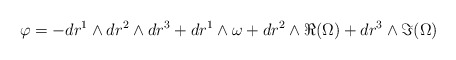
\begin{align*} \varphi = - dr^1 \wedge dr^2 \wedge dr^3 + dr^1 \wedge \omega + dr^2 \wedge \Re (\Omega) + dr^3 \wedge \Im (\Omega)\end{align*}